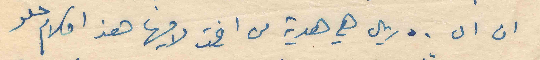
ان ال ٥٠ ريال هي هدية من اخت لاخيها هذا كلام حلو